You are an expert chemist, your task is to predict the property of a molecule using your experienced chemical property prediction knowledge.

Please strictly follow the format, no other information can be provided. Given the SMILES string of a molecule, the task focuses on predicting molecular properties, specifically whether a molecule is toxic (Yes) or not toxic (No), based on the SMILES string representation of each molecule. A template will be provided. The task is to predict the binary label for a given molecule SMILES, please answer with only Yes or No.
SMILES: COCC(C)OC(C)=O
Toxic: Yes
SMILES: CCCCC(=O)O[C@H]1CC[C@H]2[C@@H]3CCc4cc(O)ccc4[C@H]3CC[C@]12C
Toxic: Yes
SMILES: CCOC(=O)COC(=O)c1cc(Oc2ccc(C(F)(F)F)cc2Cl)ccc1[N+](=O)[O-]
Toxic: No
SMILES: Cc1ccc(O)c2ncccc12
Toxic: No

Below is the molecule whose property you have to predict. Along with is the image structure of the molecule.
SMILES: ClC1=C(Cl)[C@]2(Cl)[C@H]3[C@H]([C@H]4C=C[C@H]3C4)[C@@]1(Cl)C2(Cl)Cl
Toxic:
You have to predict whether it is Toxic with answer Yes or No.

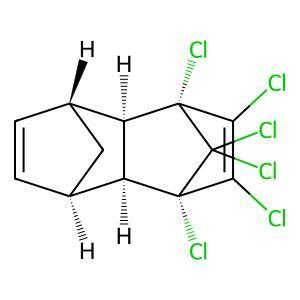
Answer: No